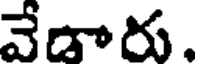
వేడారు.